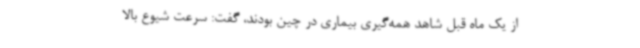
از یک ماه قبل شاهد همه‌گیری بیماری در چین بودند، گفت: سرعت شیوع بالا